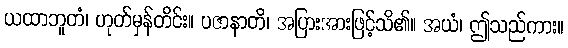
ယထာဘူတံ၊ ဟုတ်မှန်တိင်း။ ပဇာနာတိ၊ အပြားအားဖြင့်သိ၏။ အယံ၊ ဤသည်ကား။